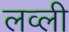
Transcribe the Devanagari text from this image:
लव्ली